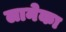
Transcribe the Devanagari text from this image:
लानेका